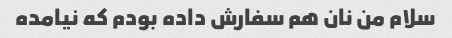
سلام من نان هم سفارش داده بودم که نیامده